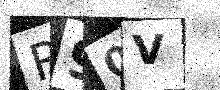
Text: R90V